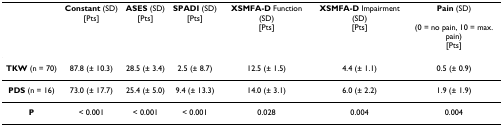
<table><thead><tr><td></td><td><b>Constant (SD)[Pts]</b></td><td><b>ASES (SD)[Pts]</b></td><td><b>SPADI (SD)[Pts]</b></td><td><b>XSMFA-D Function (SD)[Pts]</b></td><td><b>XSMFA-D Impairment (SD)[Pts]</b></td><td><b>Pain (SD)(0 = no pain, 10 = max. pain)[Pts]</b></td></tr></thead><tbody><tr><td><b>TKW </b>(n = 70)</td><td>87.8 (± 10.3)</td><td>28.5 (± 3.4)</td><td>2.5 (± 8.7)</td><td>12.5 (± 1.5)</td><td>4.4 (± 1.1)</td><td>0.5 (± 0.9)</td></tr><tr><td><b>PDS </b>(n = 16)</td><td>73.0 (± 17.7)</td><td>25.4 (± 5.0)</td><td>9.4 (± 13.3)</td><td>14.0 (± 3.1)</td><td>6.0 (± 2.2)</td><td>1.9 (± 1.9)</td></tr><tr><td><b>P</b></td><td>&lt; 0.001</td><td>&lt; 0.001</td><td>&lt; 0.001</td><td>0.028</td><td>0.004</td><td>0.004</td></tr></tbody></table>